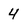
Character: 4